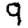
Digit: 9